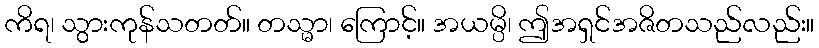
ကိရ၊ သွားကုန်သတတ်။ တသ္မာ၊ ကြောင့်။ အယမ္ပိ၊ ဤအရှင်အဇိတသည်လည်း။